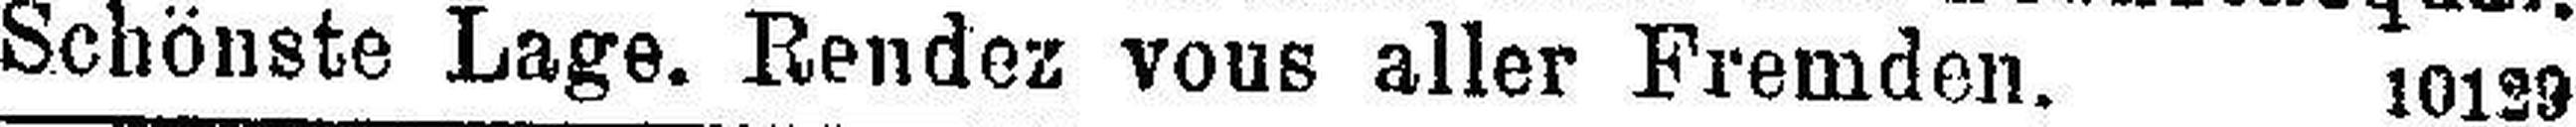
Schönste Lage. Rendez vous aller Fremden. 10129